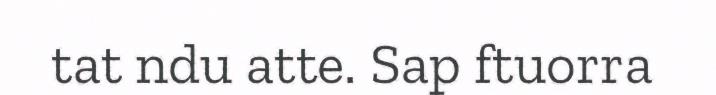
tat ndu atte. Sap ftuorra